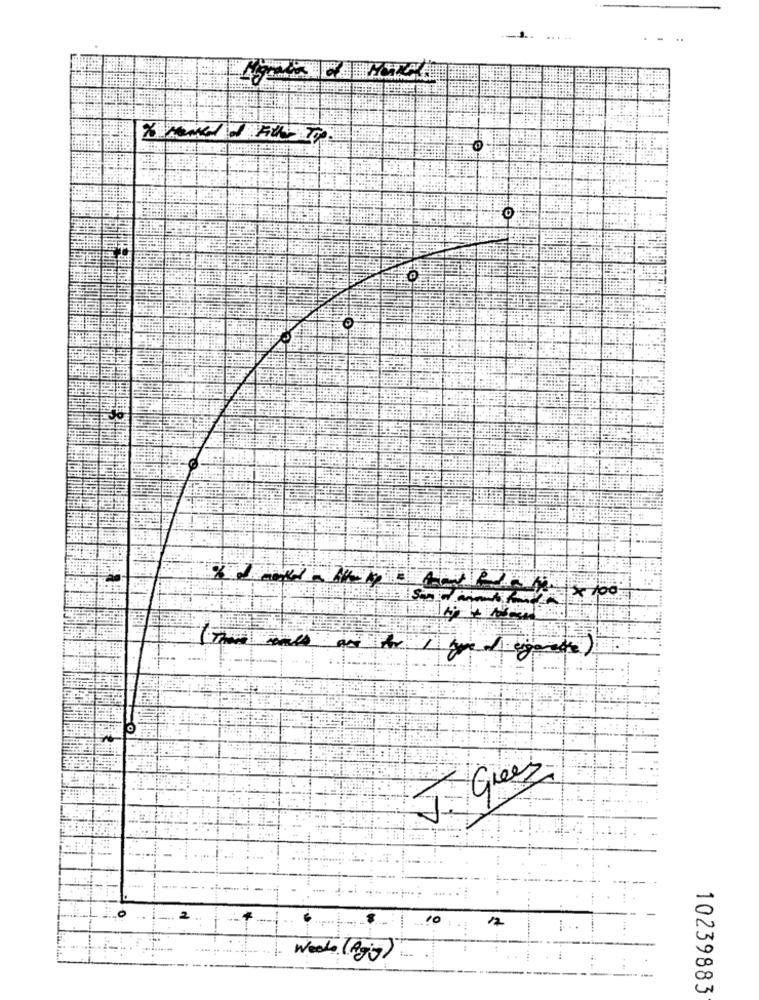
...
X Henkel I Fill- Top
001 X
Gree
10
12
Weeks (Pig)
10239883